Source: Handwritten
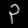
Digit: ၃ (3)